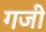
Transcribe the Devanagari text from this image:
गजी